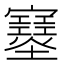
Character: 𡔂